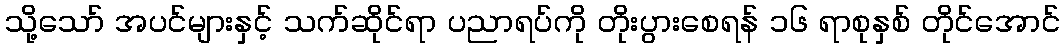
သို့သော် အပင်များနှင့် သက်ဆိုင်ရာ ပညာရပ်ကို တိုးပွားစေရန် ၁၆ ရာစုနှစ် တိုင်အောင်